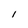
Character: l